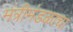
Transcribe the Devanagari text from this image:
मंत्रीमंडळाचा